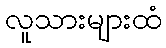
လူသားများထံ